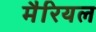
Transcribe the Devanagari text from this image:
मैरियल